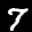
Label: 7